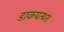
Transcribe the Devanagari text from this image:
डाकपत्थर।